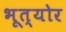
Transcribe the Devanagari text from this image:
भूत्योर